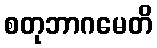
စတုဘာဂမေတိ